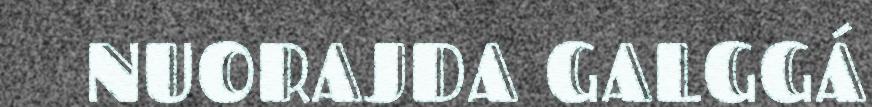
NUORAJDA GALGGÁ